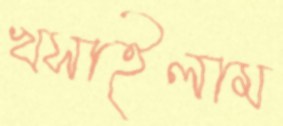
খসাইলাম